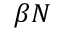
\beta N